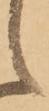
候